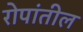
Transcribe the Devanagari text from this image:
रोपांतील